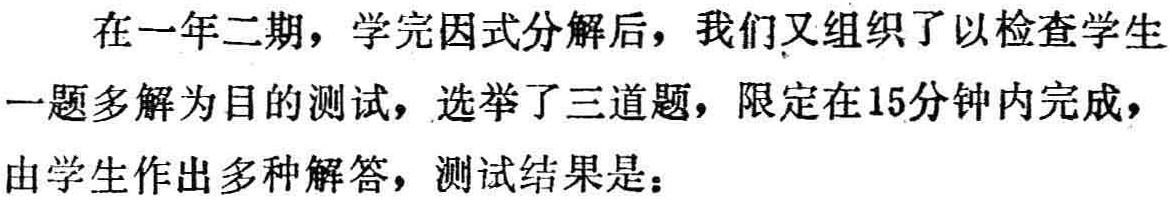
在一年二期，学完因式分解后，我们又组织了以检查学生一题多解为目的测试，选举了三道题，限定在15分钟内完成，由学生作出多种解答，测试结果是：